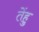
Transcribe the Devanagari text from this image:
तेंहु